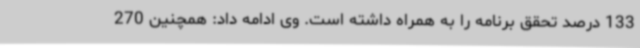
133 درصد تحقق برنامه را به همراه داشته است. وی ادامه داد: همچنین 270